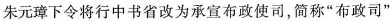
朱元璋下令将行中书省改为承宣布政使司，简称”布政司”